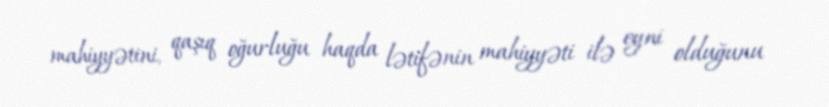
mahiyyətini, qaşıq oğurluğu haqda lətifənin mahiyyəti ilə eyni olduğunu